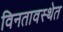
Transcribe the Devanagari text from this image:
विनतावस्थेत